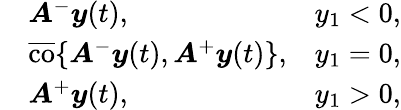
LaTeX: \begin{array}{rlr}&{\boldsymbol{A}^{-}\boldsymbol{y}(t),}&{y_{1}<0,}\\ &{\overline{{\operatorname{co}}}\lbrace\boldsymbol{A}^{-}\boldsymbol{y}(t),\boldsymbol{A}^{+}\boldsymbol{y}(t)\rbrace,}&{y_{1}=0,}\\ &{\boldsymbol{A}^{+}\boldsymbol{y}(t),}&{y_{1}>0,}\end{array}